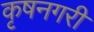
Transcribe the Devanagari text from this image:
कृषनगरी